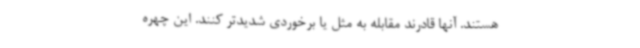
هستند. آنها قادرند مقابله به مثل یا برخوردی شدیدتر کنند. این چهره